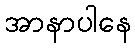
အာနာပါနေ